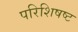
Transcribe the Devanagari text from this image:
परिशिषष्ट